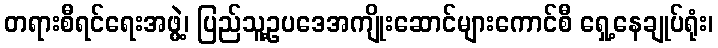
တရားစီရင်ရေးအဖွဲ့၊ ပြည်သူ့ဥပဒေအကျိုးဆောင်များကောင်စီ ရှေ့နေချုပ်ရုံး၊